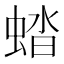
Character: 𧌏